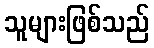
သူများဖြစ်သည်